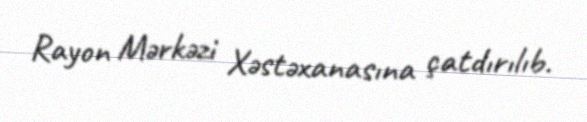
Rayon Mərkəzi Xəstəxanasına çatdırılıb.